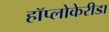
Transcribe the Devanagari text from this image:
हॉप्लोकेरीडा